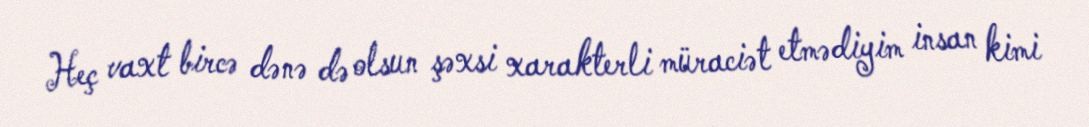
Heç vaxt bircə dənə də olsun şəxsi xarakterli müraciət etmədiyim insan kimi